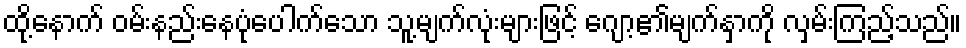
ထို့နောက် ဝမ်းနည်းနေပုံပေါက်သော သူ့မျက်လုံးများဖြင့် ဂျော့၏မျက်နှာကို လှမ်းကြည့်သည်။